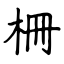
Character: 柵